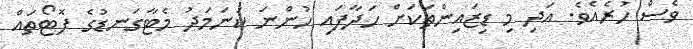
ވެސް ހުރެއެވެ. އަދި މި ޑިޒައިންތަކަށް ހަދާފައި ހުންނަ ކަނަމަދު މެޓާގަނޑުގެ ފޮޓޯތައް